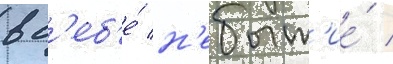
в с'еб'е́ н'ебыт'ие́ /